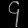
Digit: ၄